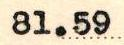
81.59